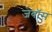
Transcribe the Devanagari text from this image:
जेबॉस